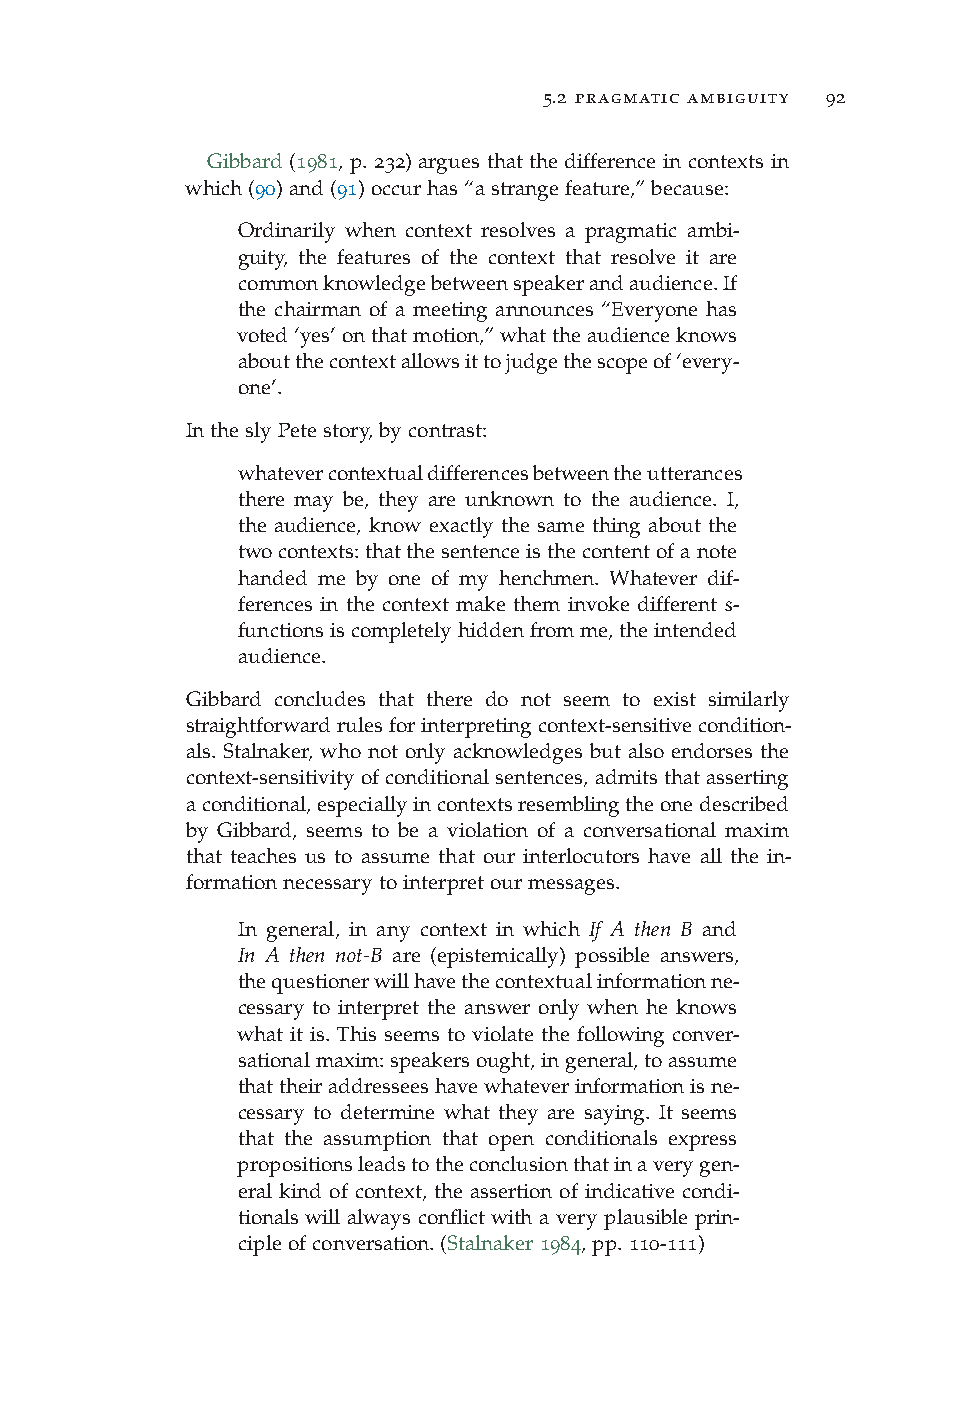
5.2 pragmatic ambiguity 92
 Gibbard (1981, p. 232) argues that the difference in contexts in
 which(90)and(91)occurhas“astrangefeature,”because:
 Ordinarily when context resolves a pragmatic ambi-
 guity, the features of the context that resolve it are
 commonknowledgebetweenspeakerandaudience.If
 the chairman of a meeting announces “Everyone has
 voted‘yes’onthatmotion,”whattheaudienceknows
 aboutthecontextallowsittojudgethescopeof‘every-
 one’.
 IntheslyPetestory,bycontrast:
 whatevercontextualdifferencesbetweentheutterances
 there may be, they are unknown to the audience. I,
 the audience, know exactly the same thing about the
 twocontexts:thatthesentenceisthecontentofanote
 handed me by one of my henchmen. Whatever dif-
 ferences in the context make them invoke different s-
 functionsiscompletelyhiddenfromme,theintended
 audience.
 Gibbard concludes that there do not seem to exist similarly
 straightforwardrulesforinterpretingcontext-sensitivecondition-
 als. Stalnaker, who not only acknowledges but also endorses the
 context-sensitivity of conditional sentences,admits that asserting
 aconditional,especiallyincontextsresemblingtheonedescribed
 by Gibbard, seems to be a violation of a conversational maxim
 that teaches us to assume that our interlocutors have all the in-
 formationnecessarytointerpretourmessages.
 In general, in any context in which If A then B and
 In A then not-B are (epistemically) possible answers,
 thequestionerwillhavethecontextualinformationne-
 cessary to interpret the answer only when he knows
 what it is. This seems to violate the following conver-
 sationalmaxim:speakersought,ingeneral,toassume
 thattheiraddresseeshavewhateverinformationisne-
 cessary to determine what they are saying. It seems
 that the assumption that open conditionals express
 propositionsleadstotheconclusionthatinaverygen-
 eral kind of context, the assertion of indicative condi-
 tionals will always conflict with a very plausible prin-
 cipleofconversation.(Stalnaker1984,pp.110-111)